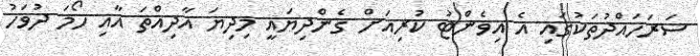
ސަރަހައްދުތަކުގައި އެ އިވެންޓު ކުރިއަށް ގެންދިޔައީ މިދިޔަ އާދިއްތަ އާއި ހޯމަ ދުވަހު